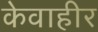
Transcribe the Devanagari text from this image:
केवाहीर